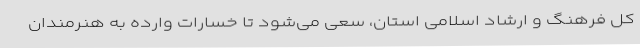
کل فرهنگ و ارشاد اسلامی استان، سعی می‌شود تا خسارات وارده به هنرمندان